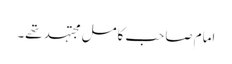
امام صاحب کامل مجتہد تھے۔